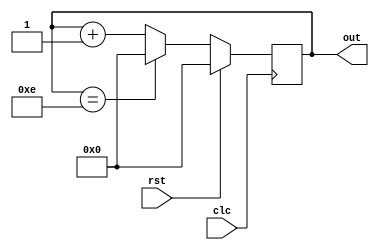
module mod_n(out,clc,rst);
parameter N=15;
parameter width=4;
output reg [width-1:0]out;
input clc,rst;
always@(posedge clc)
begin
if (rst)
begin
out=0;
end
else 
begin 
if (out==N-1)
out=0;
else
out=out+1;
end
end
endmodule